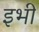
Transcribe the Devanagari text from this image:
इभी